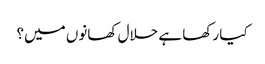
کیا رکھا ہے حلال کھانوں میں؟